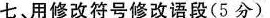
七、用修改符号修改语段(5分)